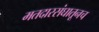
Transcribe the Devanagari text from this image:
मतदारसंघातूनच